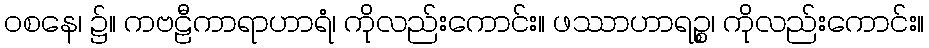
ဝစနေ၊ ၌။ ကဗဠီကာရာဟာရံ၊ ကိုလည်းကောင်း။ ဖဿာဟာရဉ္စ၊ ကိုလည်းကောင်း။